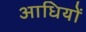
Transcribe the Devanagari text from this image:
आधियों